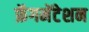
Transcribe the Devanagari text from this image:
फ्रॅगमेंटेशन